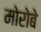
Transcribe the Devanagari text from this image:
मोरोबे